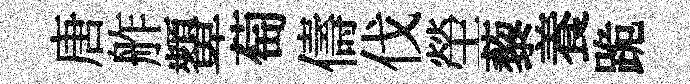
唐舴顰萄儔伐塋藜養跪